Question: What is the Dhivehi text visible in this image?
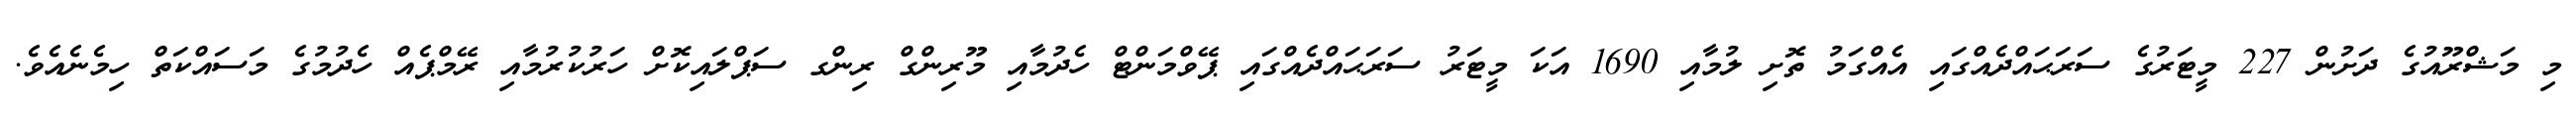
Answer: މި މަޝްރޫއުގެ ދަށުން 227 މީޓަރުގެ ސަރަޙައްދެއްގައި އެއްގަމު ތޮށި ލުމާއި 1690 އަކަ މީޓަރު ސަރަޙައްދެއްގައި ޕޭވްމަންޓް ހެދުމާއި މޫރިންގް ރިންގ ސަޕްލައިކޮށް ހަރުކުރުމާއި ރޭމްޕެއް ހެދުމުގެ މަސައްކަތް ހިމެނެއެވެ.